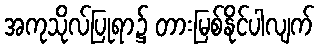
အကုသိုလ်ပြုရာ၌ တားမြစ်နိုင်ပါလျက်